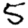
Digit: 5